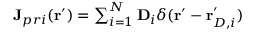
\begin{array} { r } { \mathbf { J } _ { p r i } ( \mathbf { r } ^ { \prime } ) = \sum _ { i = 1 } ^ { N } \mathbf { D } _ { i } \delta ( \mathbf { r } ^ { \prime } - \mathbf { r } _ { D , i } ^ { \prime } ) } \end{array}